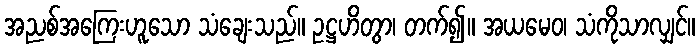
အညစ်အကြေးဟူသော သံချေးသည်။ ဥဋ္ဌဟိတွာ၊ တက်၍။ အယမေဝ၊ သံကိုသာလျှင်။